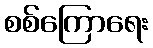
စစ်ကြောရေး